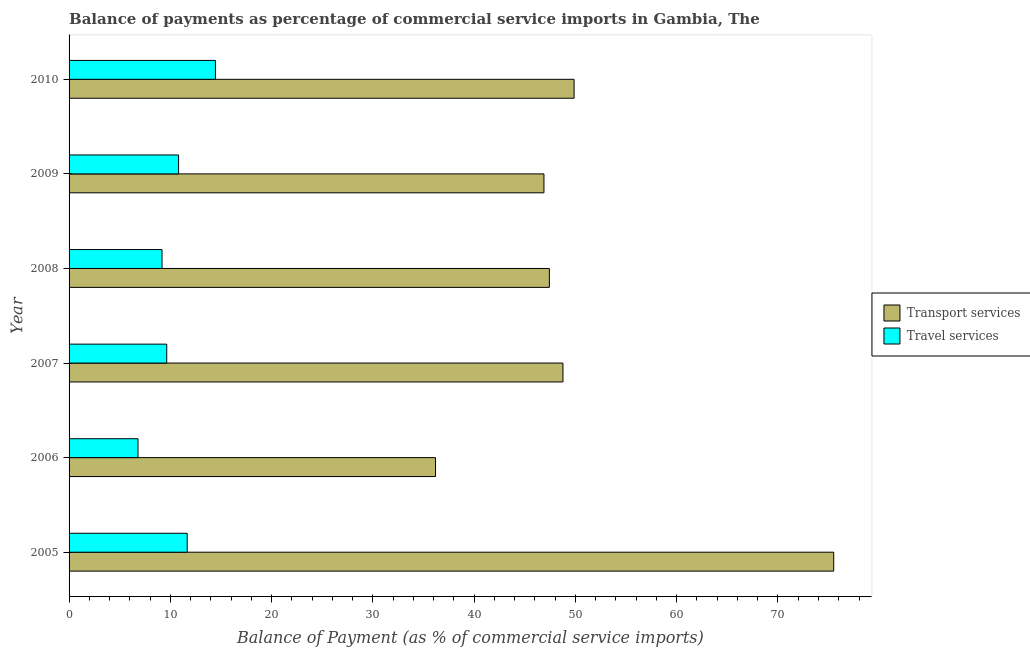
| Year | Transport services | Travel services |
 | --- | --- | --- |
 | 2005 | 75.5 | 11.7 |
 | 2006 | 36.2 | 6.81 |
 | 2007 | 48.8 | 9.64 |
 | 2008 | 47.4 | 9.18 |
 | 2009 | 46.9 | 10.8 |
 | 2010 | 49.9 | 14.5 |